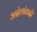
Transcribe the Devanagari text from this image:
अदेलांतादो